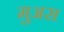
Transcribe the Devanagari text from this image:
मुअस